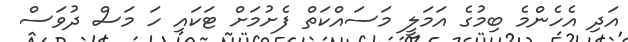
އަދި އެހެންމެ ބިމުގެ އަމަލީ މަސައްކަތް ފެށުމަށް ޓަކައި ހަ މަސް ދުވަސް